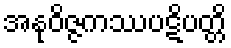
အနုဝိဇ္ဇကဿပဋိပတ္တိ